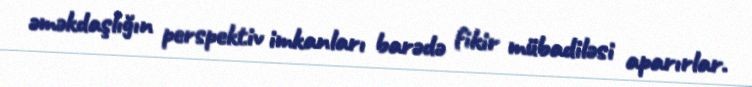
əməkdaşlığın perspektiv imkanları barədə fikir mübadiləsi aparırlar.